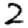
Digit: 2